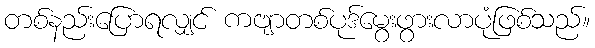
တစ်နည်းပြောရလျှင် ကဗျာတစ်ပုဒ်မွေးဖွားလာပုံဖြစ်သည်။